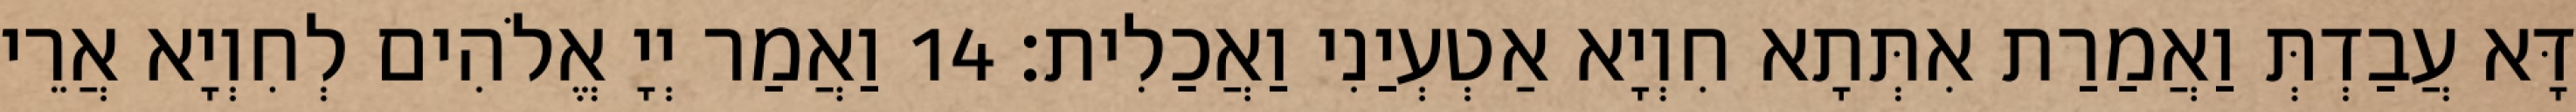
דָּא עֲבַדְתְּ וַאֲמַרַת אִתְּתָא חִוְיָא אַטְעְיַנִי וַאֲכַלִית׃ 14 וַאֲמַר יְיָ אֱלֹהִים לְחִוְיָא אֲרֵי